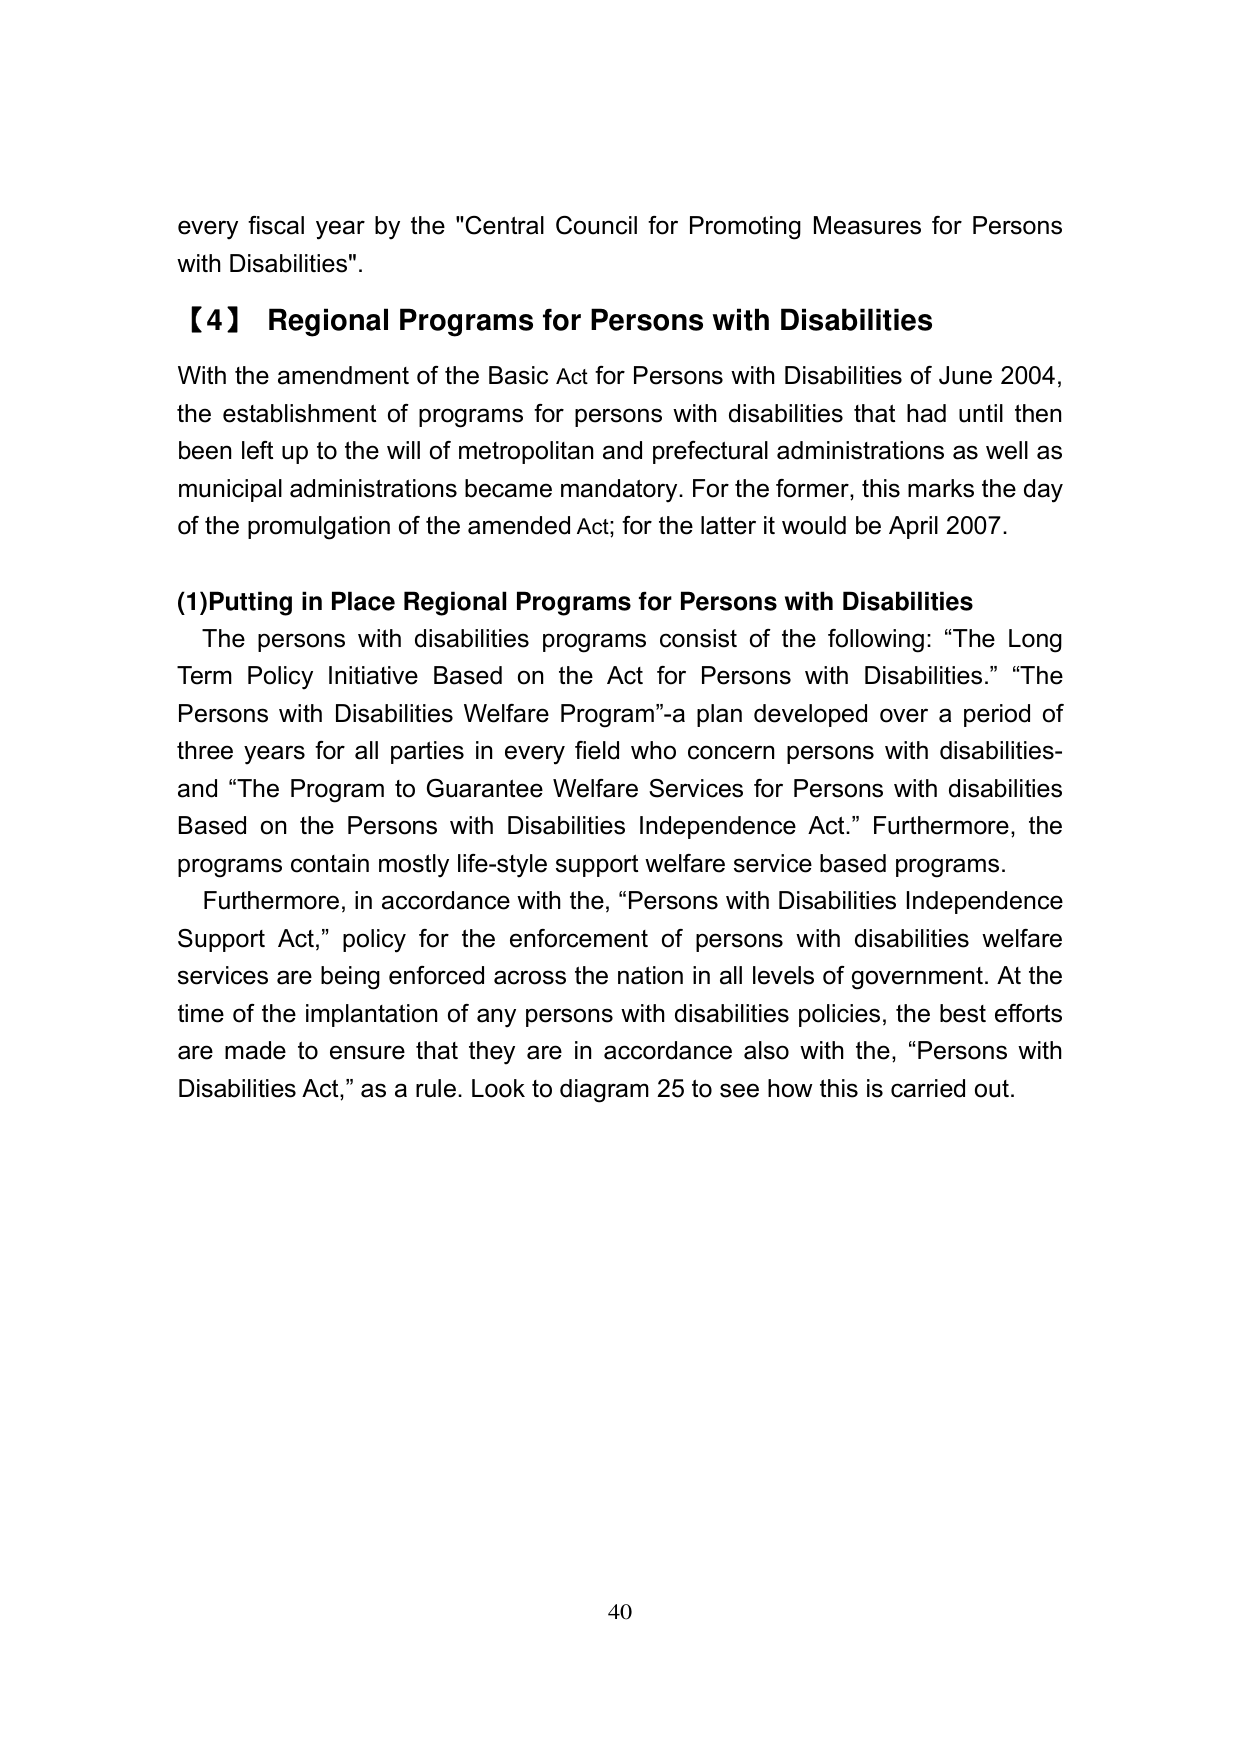
every fiscal year by the "Central Council for Promoting Measures for Persons with Disabilities".

【4】 Regional Programs for Persons with Disabilities

With the amendment of the Basic Act for Persons with Disabilities of June 2004, the establishment of programs for persons with disabilities that had until then been left up to the will of metropolitan and prefectural administrations as well as municipal administrations became mandatory. For the former, this marks the day of the promulgation of the amended Act; for the latter it would be April 2007.

(1)Putting in Place Regional Programs for Persons with Disabilities

The persons with disabilities programs consist of the following: “The Long Term Policy Initiative Based on the Act for Persons with Disabilities.” “The Persons with Disabilities Welfare Program”-a plan developed over a period of three years for all parties in every field who concern persons with disabilities- and “The Program to Guarantee Welfare Services for Persons with disabilities Based on the Persons with Disabilities Independence Act.” Furthermore, the programs contain mostly life-style support welfare service based programs.

Furthermore, in accordance with the, “Persons with Disabilities Independence Support Act,” policy for the enforcement of persons with disabilities welfare services are being enforced across the nation in all levels of government. At the time of the implantation of any persons with disabilities policies, the best efforts are made to ensure that they are in accordance also with the, “Persons with Disabilities Act,” as a rule. Look to diagram 25 to see how this is carried out.

40